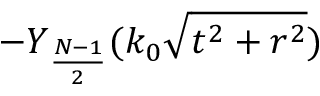
- Y _ { \frac { N - 1 } { 2 } } ( k _ { 0 } \sqrt { t ^ { 2 } + r ^ { 2 } } )